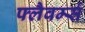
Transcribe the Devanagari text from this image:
फ्लैवर्म्स